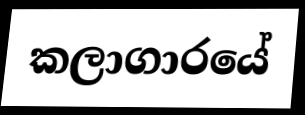
කලාගාරයේ